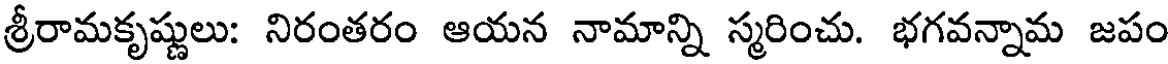
శ్రీరామకృష్ణులు: నిరంతరం ఆయన నామాన్ని స్మరించు. భగవన్నామ జపం